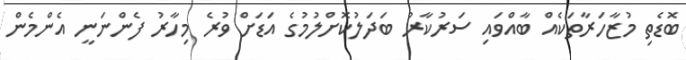
ބޮޑެތި މުޒާހަރާތަކެއް ބާއްވައި ސަރުކާރު ބަދަލުކޮށްލުމުގެ އަޑަށް ވުރެ މިހާރު ފެންނަނީ އެންމެން